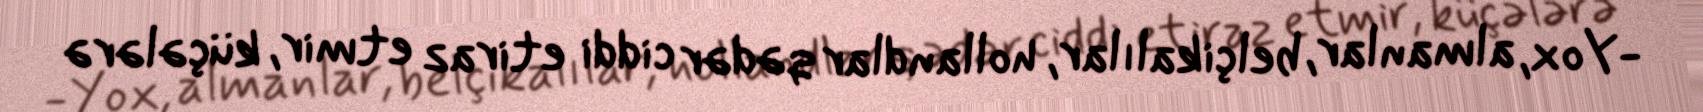
-Yox, almanlar, belçikalılar, hollandlar qədər ciddi etiraz etmir, küçələrə